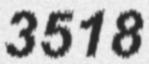
3518